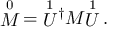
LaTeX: { \stackrel { 0 } { M } } = { \stackrel { 1 } { U } \! ^ { \dagger } } M { \stackrel { 1 } { U } } \; .